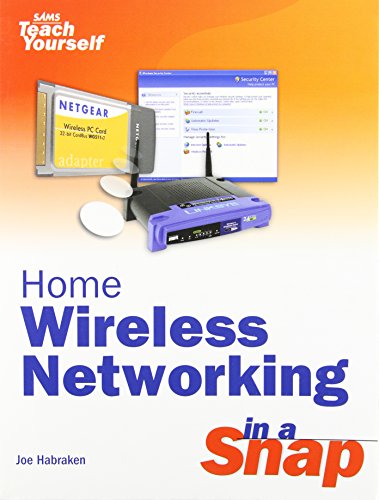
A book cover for Home Wireless Networking in a Snap; Joe Habraken; Computers & Technology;